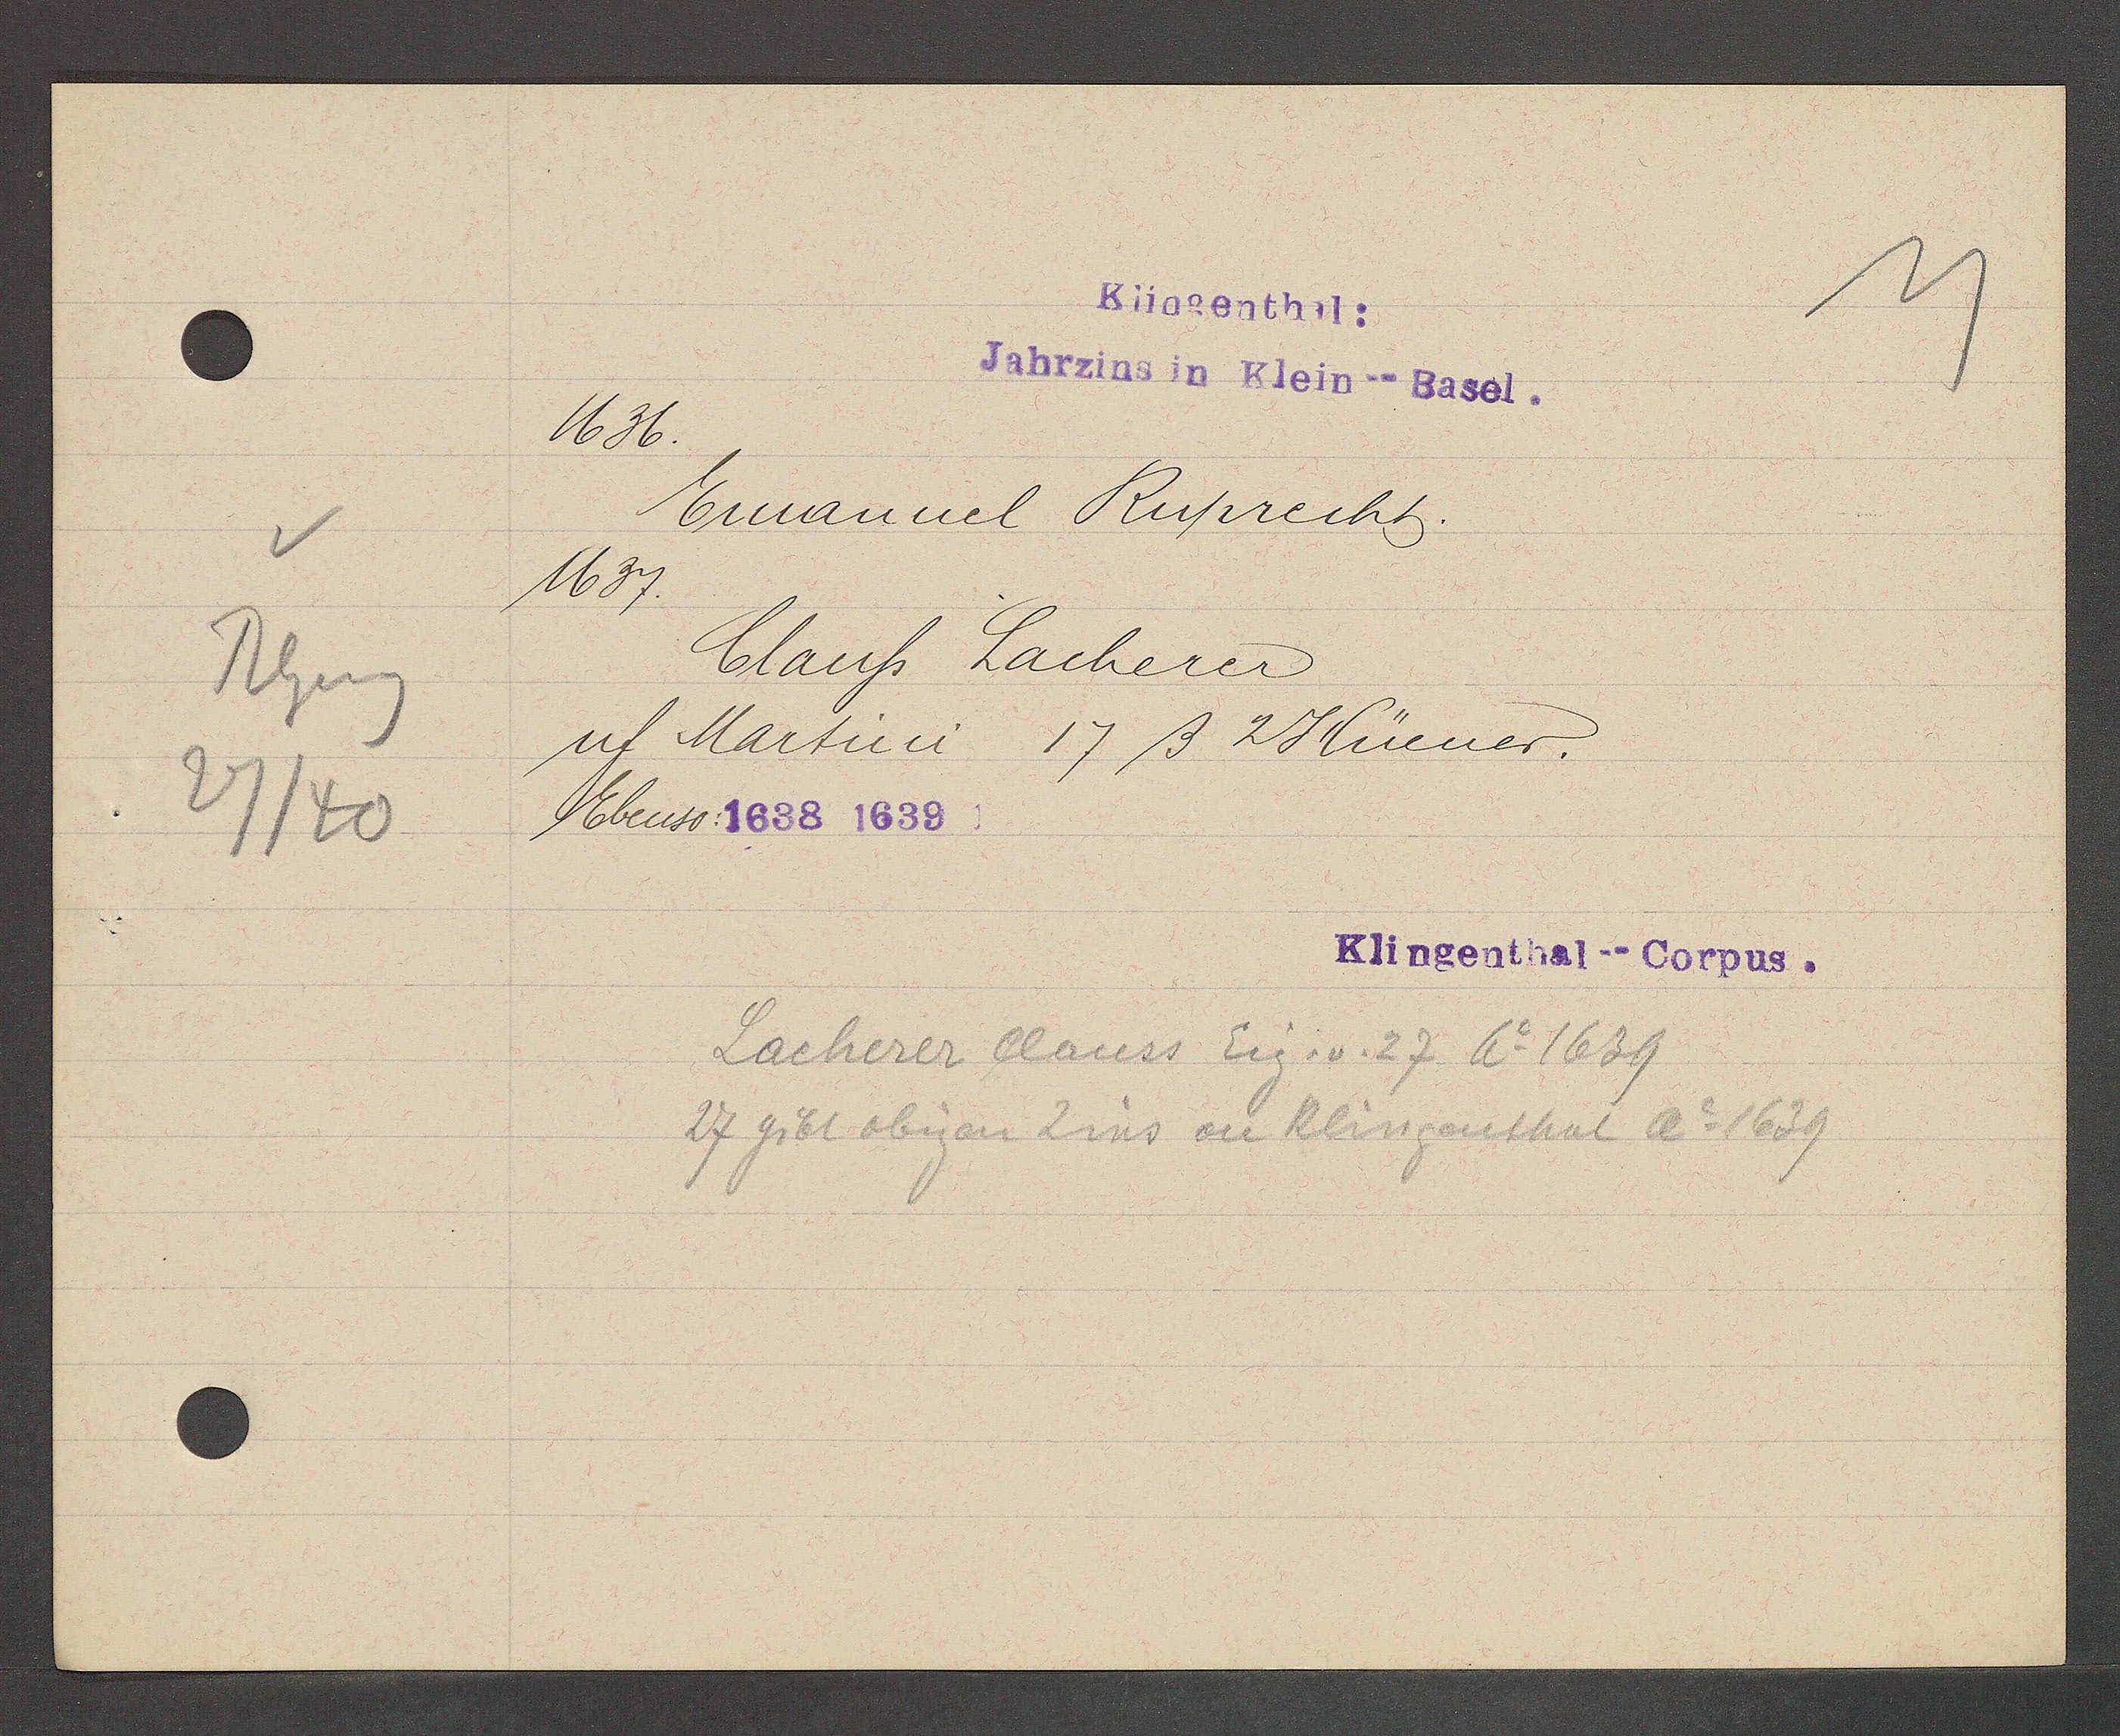
Transcript:
Rhng
27/40

Klingenthal:
Jahrzins in Klein--Basel.

1636.
Emanuel Ruprecht.
1637.
Clauss Lacherer
uf Martini
17ß 2 Hüener.
Ebenso: 1638 1639

Klingenthal--Corpus.

Lacherer Clauss Eig. v. 27 Ao 1639
27 gibt obigen Zins an Klingenthal Ao 1639